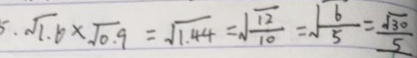
. \sqrt { 1 . 6 } \times \sqrt { 0 . 9 } = \sqrt { 1 . 4 4 } = \sqrt { \frac { 1 2 } { 1 0 } } = \sqrt { \frac { 6 } { 5 } } = \frac { \sqrt { 3 0 } } { 5 }